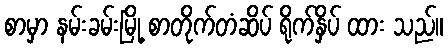
စာမှာ နမ်းခမ်းမြို့ စာတိုက်တံဆိပ် ရိုက်နှိပ် ထား သည်။